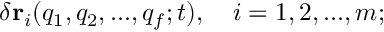
\delta \mathbf { r } _ { i } ( q _ { 1 } , q _ { 2 } , . . . , q _ { f } ; t ) , \quad i = 1 , 2 , . . . , m ;